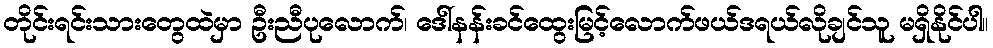
တိုင်းရင်းသားတွေထဲမှာ ဦးညီပုလောက်၊ ဒေါ်နန်းခင်ထွေးမြင့်လောက်ဖယ်ဒရယ်လိုချင်သူ မရှိနိုင်ပါ။